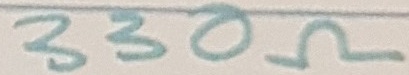
Text: 330Ω